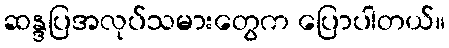
ဆန္ဒပြအလုပ်သမားတွေက ပြောပါတယ်။